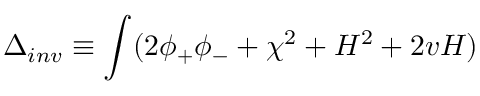
\Delta _ { i n v } \equiv \int ( 2 \phi _ { + } \phi _ { - } + \chi ^ { 2 } + H ^ { 2 } + 2 v H )